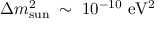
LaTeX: \Delta m _ { \mathrm { s u n } } ^ { 2 } \; \sim \; 1 0 ^ { - 1 0 } ~ \mathrm { e V ^ { 2 } } \;